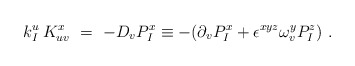
\begin{align*}k^u_I\,K_{uv}^x \ = \ -D_v P_{I}^x \equiv- (\partial_v P_{I}^x+ \epsilon^{xyz} \omega_{v}^y P_I^z)\ .\end{align*}